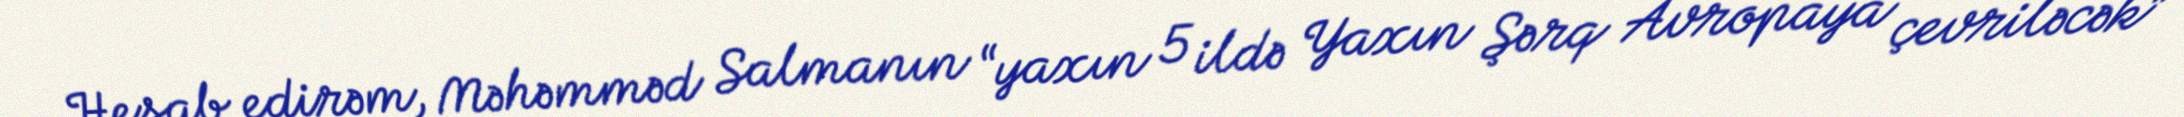
Hesab edirəm, Məhəmməd Salmanın “yaxın 5 ildə Yaxın Şərq Avropaya çevriləcək”